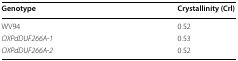
| Genotype | Crystallinity (Crl) |
 | --- | --- |
 | WV94 | 0.52 |
 | OXPdDUF266A-1 | 0.53 |
 | OXPdDUF266A-2 | 0.52 |